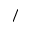
/